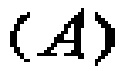
\((A)\)